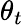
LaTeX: \theta_{t}